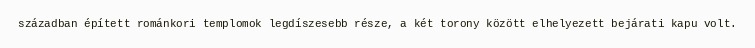
században épített románkori templomok legdíszesebb része, a két torony között elhelyezett bejárati kapu volt.